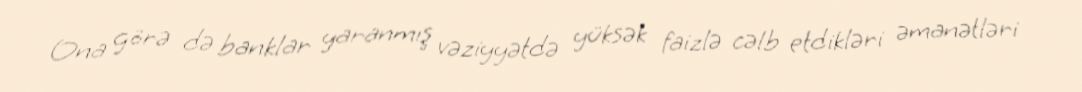
Ona görə də banklar yaranmış vəziyyətdə yüksək faizlə cəlb etdikləri əmanətləri